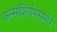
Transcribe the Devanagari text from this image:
कन्सॉशिर्यमसमोर